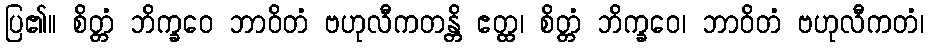
ပြ၏။ စိတ္တံ ဘိက္ခဝေ ဘာဝိတံ ဗဟုလီကတန္တိ ဧတ္ထ၊ စိတ္တံ ဘိက္ခဝေ၊ ဘာဝိတံ ဗဟုလီကတံ၊